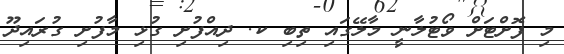
މި ފޮށްޓަށް ވޯޓުލާނީ މާލޭގައި ތިބި ކ. ދިއްފުށި ގުޅި މާފުށި ގުރައިދޫ